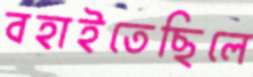
বহাইতেছিলে